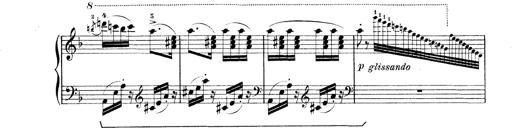
Title: Rapsodie: 19 ungheresi, 1 spagnuola
Composer: Franz Liszt